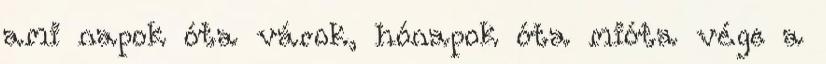
ami napok óta várok, hónapok óta mióta vége a